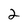
Character: 2